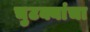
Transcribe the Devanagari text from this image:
चुटक्यांचा